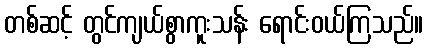
တစ်ဆင့် တွင်ကျယ်စွာကူးသန်း ရောင်းဝယ်ကြသည်။